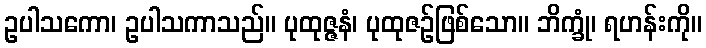
ဥပါသကော၊ ဥပါသကာသည်။ ပုထုဇ္ဇနံ၊ ပုထုဇဉ်ဖြစ်သော။ ဘိက္ခုံ၊ ရဟန်းကို။